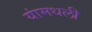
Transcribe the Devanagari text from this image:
यांमधली